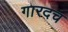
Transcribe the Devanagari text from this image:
गारदच